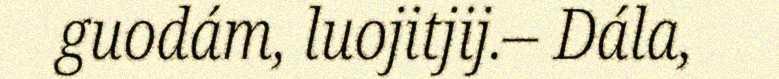
guodám, luojitjij.– Dála,